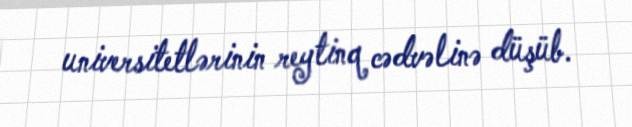
universitetlərinin reytinq cədvəlinə düşüb.